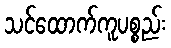
သင်ထောက်ကူပစ္စည်း